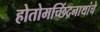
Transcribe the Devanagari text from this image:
होतोमच्छिंद्रनाथांचे